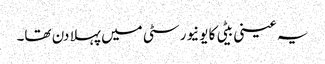
یہ عینی بیٹی کا یونیورسٹی میں پہلا دن تھا۔